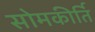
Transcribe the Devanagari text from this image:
सोमकीर्ति